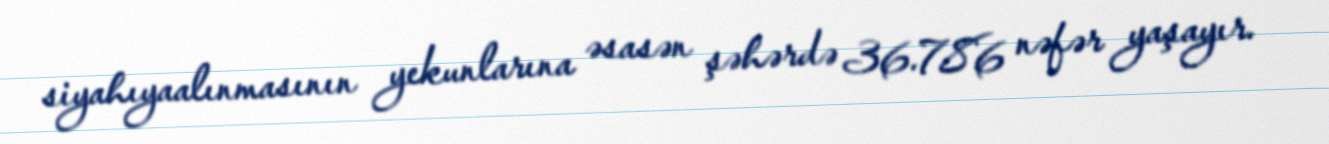
siyahıyaalınmasının yekunlarına əsasən şəhərdə 36.786 nəfər yaşayır.